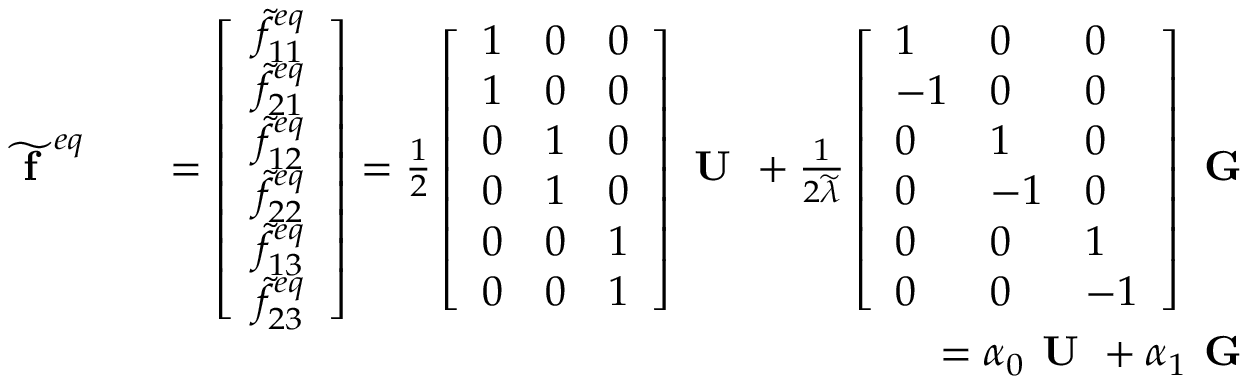
\begin{array} { r l r } { \widetilde { \textbf { f } } ^ { e q } } & { } & { = \left[ \begin{array} { l } { \widetilde { f } _ { 1 1 } ^ { e q } } \\ { \widetilde { f } _ { 2 1 } ^ { e q } } \\ { \widetilde { f } _ { 1 2 } ^ { e q } } \\ { \widetilde { f } _ { 2 2 } ^ { e q } } \\ { \widetilde { f } _ { 1 3 } ^ { e q } } \\ { \widetilde { f } _ { 2 3 } ^ { e q } } \end{array} \right] = \frac { 1 } { 2 } \left[ \begin{array} { l l l } { 1 } & { 0 } & { 0 } \\ { 1 } & { 0 } & { 0 } \\ { 0 } & { 1 } & { 0 } \\ { 0 } & { 1 } & { 0 } \\ { 0 } & { 0 } & { 1 } \\ { 0 } & { 0 } & { 1 } \end{array} \right] \textbf { U } + \frac { 1 } { 2 \widetilde { \lambda } } \left[ \begin{array} { l l l } { 1 } & { 0 } & { 0 } \\ { - 1 } & { 0 } & { 0 } \\ { 0 } & { 1 } & { 0 } \\ { 0 } & { - 1 } & { 0 } \\ { 0 } & { 0 } & { 1 } \\ { 0 } & { 0 } & { - 1 } \end{array} \right] \textbf { G } } \\ & { } & { = \boldsymbol { \alpha } _ { 0 } \textbf { U } + \boldsymbol { \alpha } _ { 1 } \textbf { G } } \end{array}